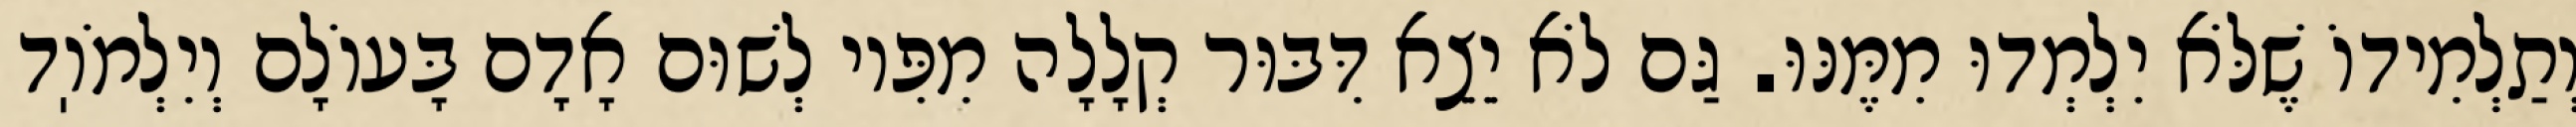
וְתַלְמִידוֹ שֶׁלֹּא יִלְמְדוּ מִמֶּנּוּ. גַּם לֹא יֵצֵא דִּבּוּר קְלָלָה מִפִּיו לְשׁוּם אָדָם בָּעוֹלָם וְיִלְמֹוֽד